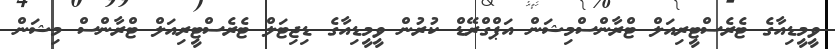
ވީމީޑިއާގެ ޓެރެސްޓީރިއަލް ޓްރާންސްމިޝަން އަޕްގްރޭޑް ކުރުން ވީމީޑިއާގެ ޑިޖިޓަލް ޓެރެސްޓީރިއަލް ޓްރާންސް މިޝަން